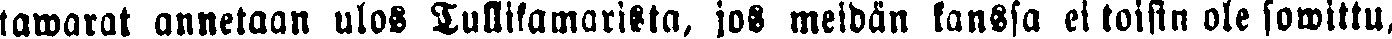
tawarat annetaan ulos Tullifamarissa, jos meidän kanssa ei toisin ole sowittu,